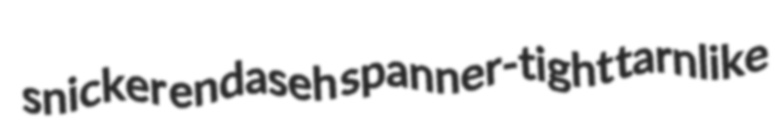
snicker endaseh spanner-tight tarnlike